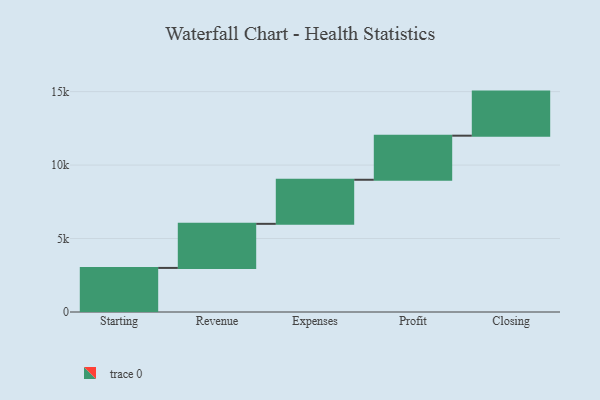
{"axis": {"x": "Step", "y": "Value"}, "legend": [""], "data": [{"x": "Starting", "y": 3000, "type": ""}, {"x": "Revenue", "y": 3000, "type": ""}, {"x": "Expenses", "y": 3000, "type": ""}, {"x": "Profit", "y": 3000, "type": ""}, {"x": "Closing", "y": 3000, "type": ""}]}